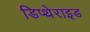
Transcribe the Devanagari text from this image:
डिप्थेराइड